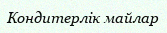
Кондитерлік майлар